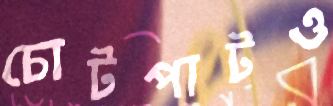
চোটপাটও